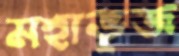
মহাভূজ